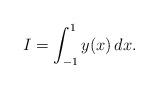
LaTeX: \begin{align*}I = \int_{ - 1}^1 {y(x)\,dx}.\end{align*}